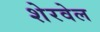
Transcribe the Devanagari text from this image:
शेरवेल